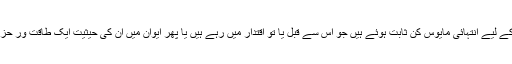
موجودہ انتخابات لبرلز کے لیے انتہائی مایوس کن ثابت ہوئے ہیں جو اس سے قبل یا تو اقتدار میں رہے ہیں یا پھر ایوان میں ان کی حیثیت ایک طاقت ور حزب اختلاف کی رہی ہے۔